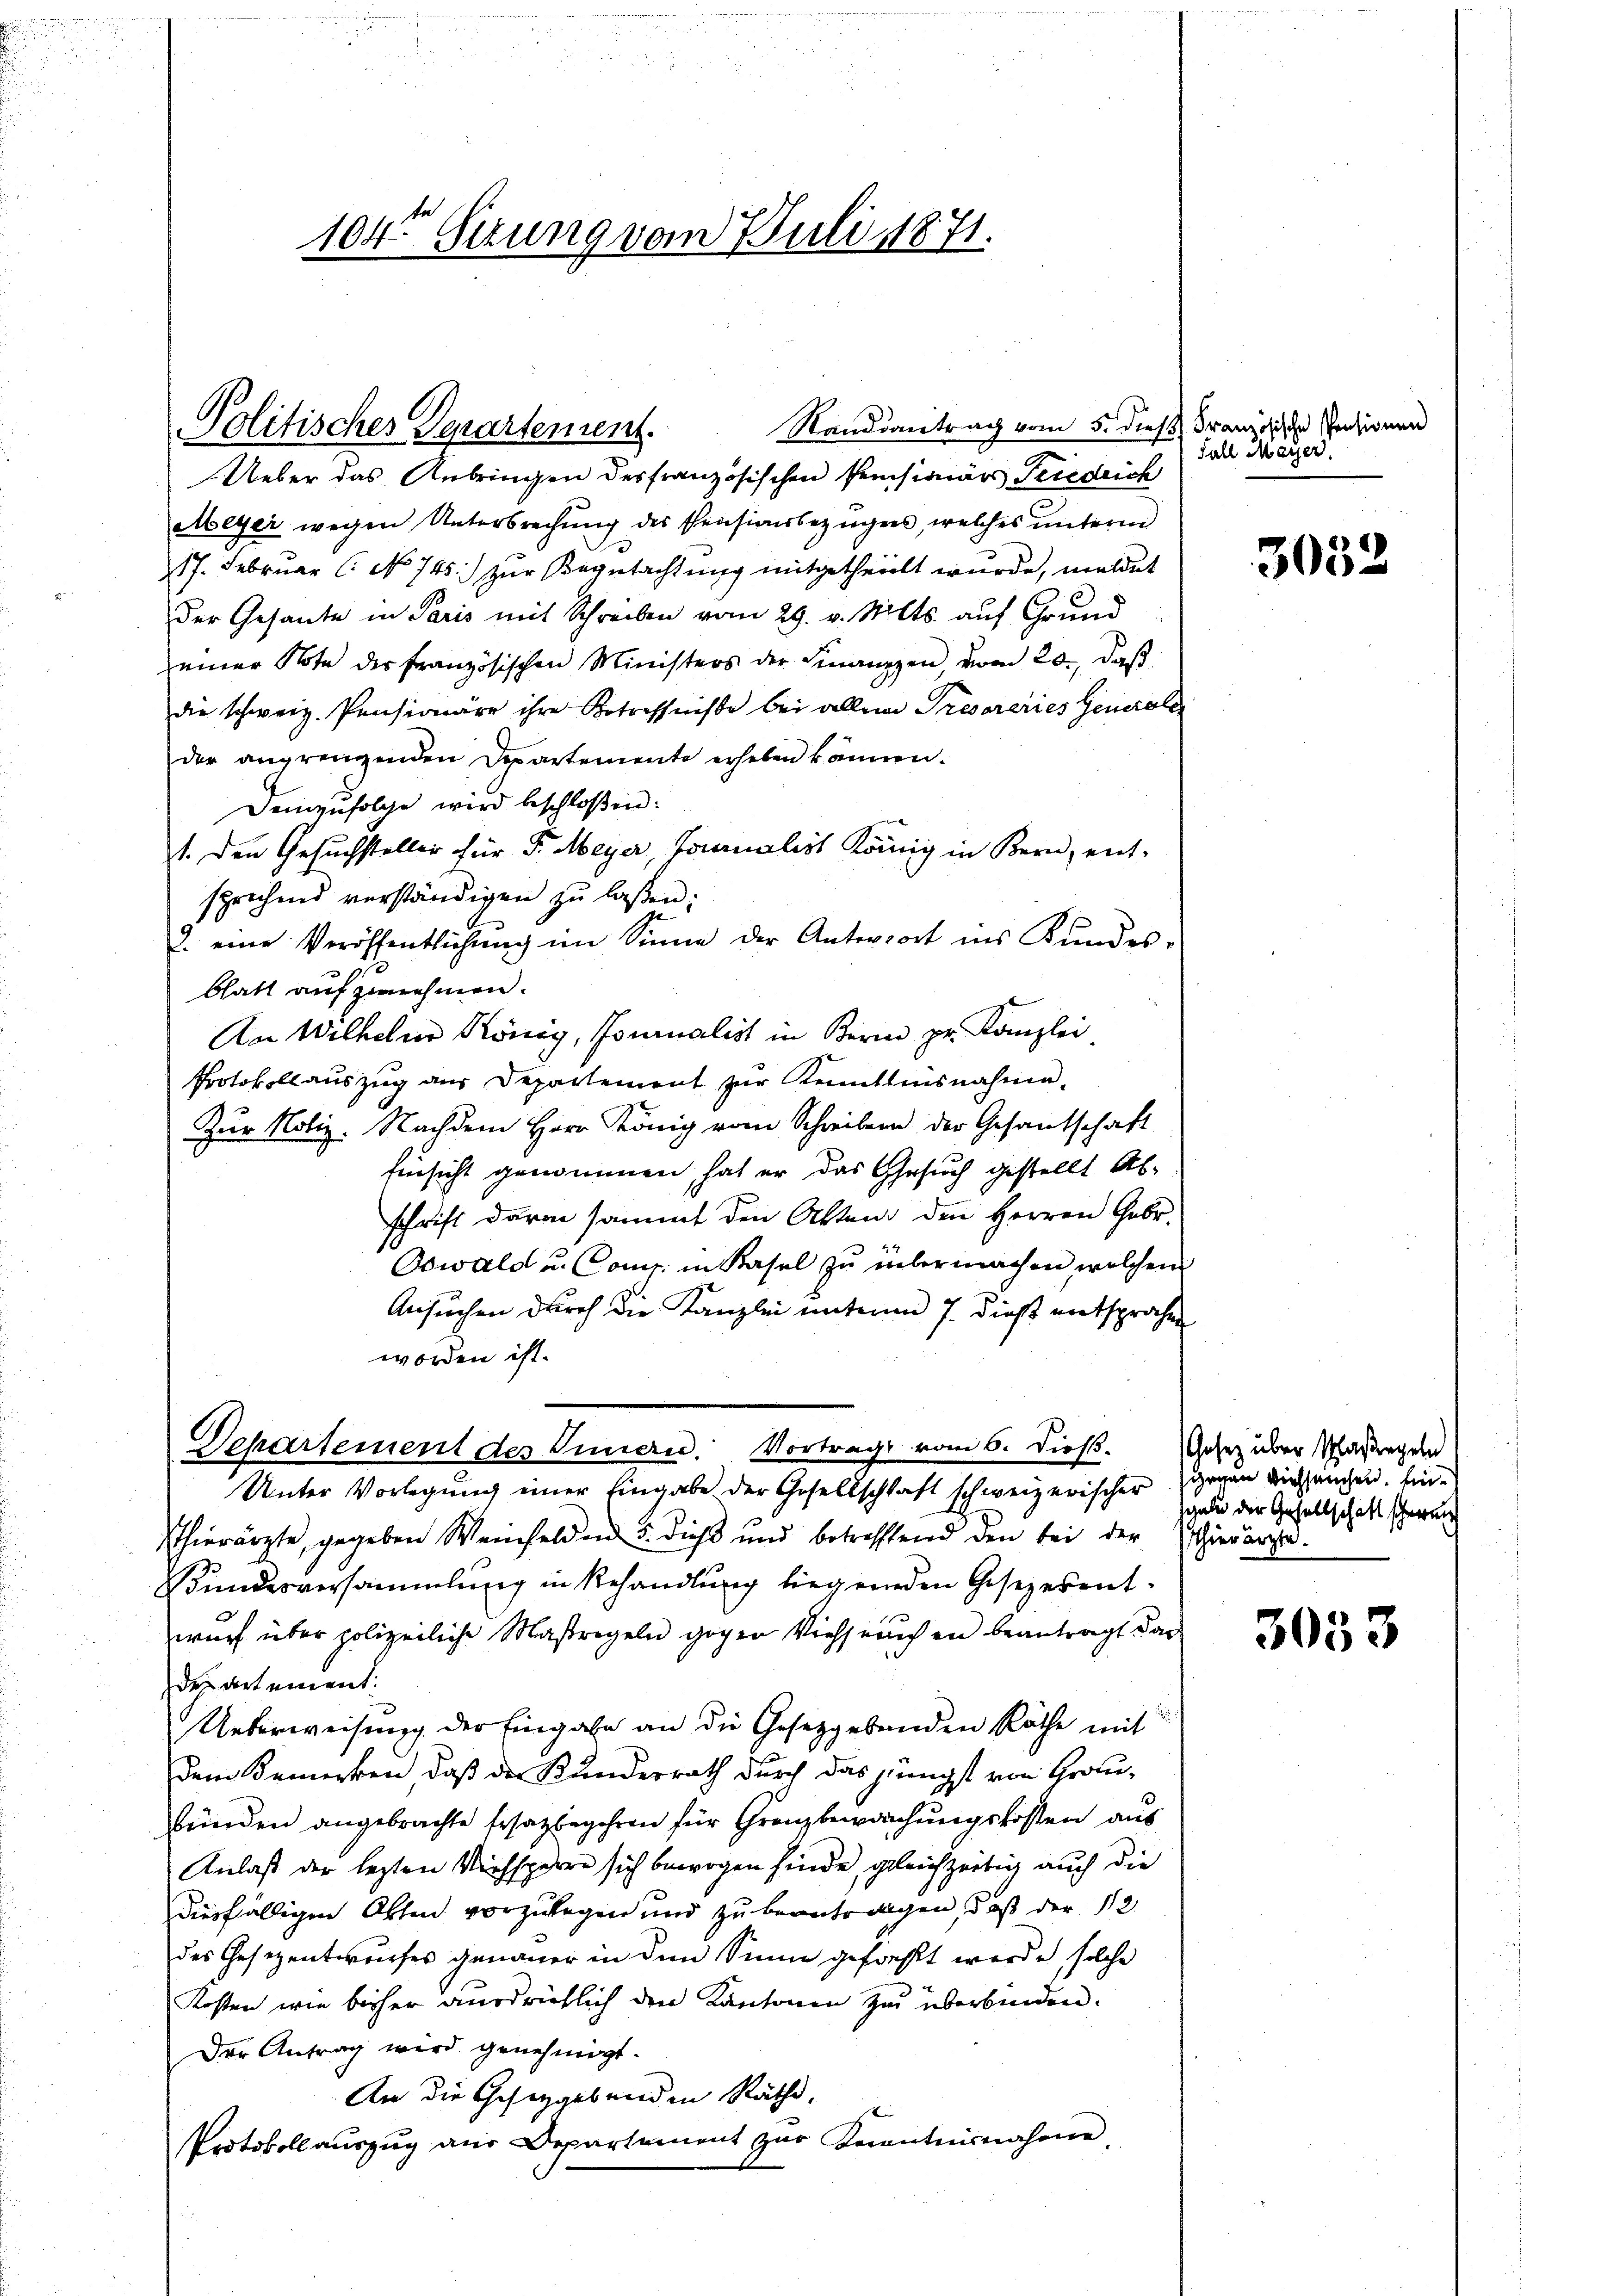
104te Sitzung vom Juli 1871.

Politisches Departement.

Standsantrag vom 5. dieß
Ueber das Anbringen des französischen Pensionärs Friedrich
Meyer wegen Unterbrechung des Pensionsbezügers, welches unterm
17. Februar (: No 745) zur Begutachtung mitgetheilt wurde, meldet
der Gesante in Paris mit Schreiben vom 29. v. Mts. auf Grund
einer Note der französischen Ministers der Finanzzen vom 20. daβ
die schweiz. Pensionäre ihre Betreffnisse bei allem Presoréries Generale
der angrenzenden Departemente erheben können.
Demzufolge wird beschloßen:
1. Den Gesuchsteller für F. Meyer Jonalist König in Bern, ent-
sprechend verständigen zŭ lassen:
2. eine Veröffentlichŭng im Sinne der Antwort ins Kundes-
blatt aufzunehmen.
An Wilhelm König, Tournalist in Bern pr. Kanzlei
Protokollauszug aus Departement zur Kenntnisnahme.
Zur Notiz. Nachdem Herr König vom Schreibern der Gesantschaft
Einsicht genommen, hat er das Gesuch gestellt Abschrift darin sammt den Akten den Herren Gebr.
44
Oswald u. Comp. in Kasel zu übermachen, welchen
Ansuchen durch die Kanzlei unterm 7. dieß entsprochen
worden ist.
Departement des Innern. Vortrags vom 6. dießs. Gesez über Maßregen
Unter Vorlegung einer Eingabe der Gesellschaft schweizerischer gegen verhängen. Ein¬
Thierärzte, gegeben Weinfelden 3. dieß und betreffend den bei der Eschierärzte.
Bundesversammlung in Behandlung liegenden Gesezesentwurf über polizeiliche Maßregeln gegen Viehseuchen beantragt dar
des artement.
Ueberweisung der Eingahn an die Gesetzgebenden Räthe mit
dem Bemerken, daß der Kundesrath durch das jüngst von Grau-
bünden angebrachte Ersatzbegehren für Grenzbewachungskosten aus
Anlaß der lezten Viehsperre sich bewogen finde, gleichzeitig auch die
diesfälligen Otten vorzulegen und zu beantragen, daß der 112
des Gesezentworfer genauer in dem Sinne gefresst werde, solche
Kosten wie bisher ausdrücklich den Kantonen zu überbinden.
Der Antrag wird genehmigt.
An die Gesetzgebenden Räthe.
Protokoll auszug aus Departement zur Kenntnisnahme

Französische Pensionen
Fall Mayer.

3032

sale der Gesellschaft schweren

3033